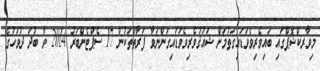
މިވާރކްޝޮޕްގައި ބައިވެރިވެވަޑައިގަތުމަށް ޝައުޤުވެރިވެވަޑައިގަންނަވާ ފަރާތްތަކުން 17 ސެޕްޓެންބަރު 2014 ވާ ބުދަ ދުވަހުގެ